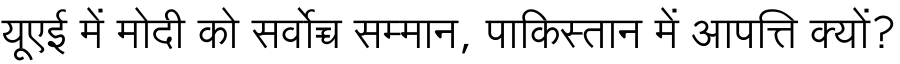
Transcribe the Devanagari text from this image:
यूएई में मोदी को सर्वोच्च सम्मान, पाकिस्तान में आपत्ति क्यों?